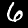
Digit: 6